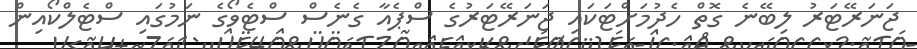
ޖަނަރޭޓަރު ލިބޭނެ ގޮތް ހެދުމަށްޓަކައި ޖަނަރޭޓަރުގެ ސްޕެއާ ގެނެސް ސްޓެވޯގެ ނަމުގައި ސްޓެލްކޯއިން